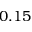
0 . 1 5